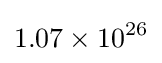
1.07\times 10^{26}